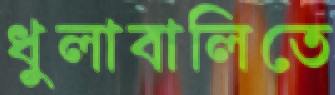
ধুলাবালিতে